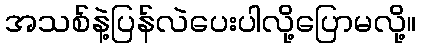
အသစ်နဲ့ပြန်လဲပေးပါလို့ပြောမလို့။